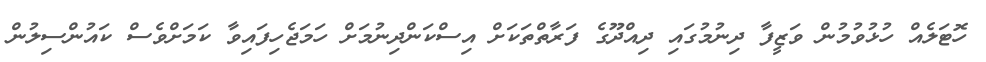
ހޮޓަލެއް ހުޅުވުމުން ވަޒީފާ ދިނުމުގައި ދިއްދޫގެ ފަރާތްތަކަށް އިސްކަންދިނުމަށް ހަަމަޖެހިފައިވާ ކަމަށްވެސް ކައުންސިލުން